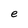
Character: e